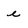
Character: e